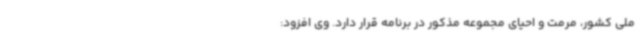
ملی کشور، مرمت و احیای مجموعه مذکور در برنامه قرار دارد. وی افزود: